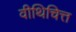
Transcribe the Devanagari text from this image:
वीथिचित्त